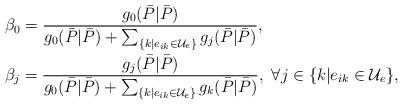
LaTeX: \begin{align*}&\beta_0=\frac{g_0(\bar{P}|\bar{P})}{g_0(\bar{P}|\bar{P})+\sum_{\{k|e_{ik}\in\mathcal{U}_e\}}g_j(\bar{P}|\bar{P})},\\&\beta_j=\frac{g_j(\bar{P}|\bar{P})}{g_0(\bar{P}|\bar{P})+\sum_{\{k|e_{ik}\in\mathcal{U}_e\}}g_k(\bar{P}|\bar{P})},~{\forall}j\in\{k|e_{ik}\in\mathcal{U}_e\},\end{align*}